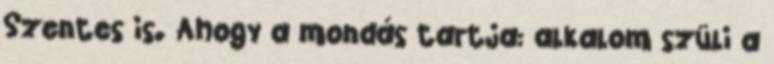
Szentes is. Ahogy a mondás tartja: alkalom szüli a